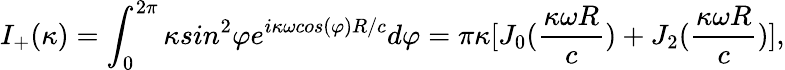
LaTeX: I_{+}(\kappa)=\int_{0}^{2\pi}{\kappa}sin^{2}{\varphi}e^{i\kappa\omega{cos(\varphi)}R/c}d{\varphi}=\pi{\kappa}[J_{0}(\frac{\kappa\omega{R}}{c})+J_{2}(\frac{\kappa\omega{R}}{c})],